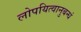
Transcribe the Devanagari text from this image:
लोपयित्वानुबन्धं